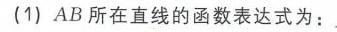
(1) \(AB\) 所在直线的函数表达式为：